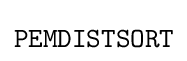
{\texttt {PEMDISTSORT}}